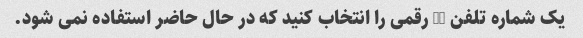
یک شماره تلفن 10 رقمی را انتخاب کنید که در حال حاضر استفاده نمی شود.